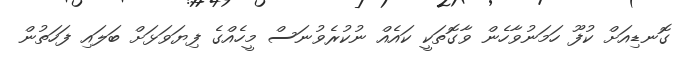
ގޮނޑިއަށް ކުފޫ ހަމަނުވާހެން ވާގޮތަކީ ކައެއް ނުކުރެވުނަސް މީހެއްގެ ފިޔަވަޅަށް ބަލައި ފަހަތުން